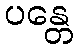
ပန္တေ